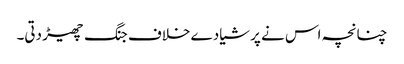
چنانچہ اس نے پرشیا دے خلاف جنگ چھیڑ دتی۔